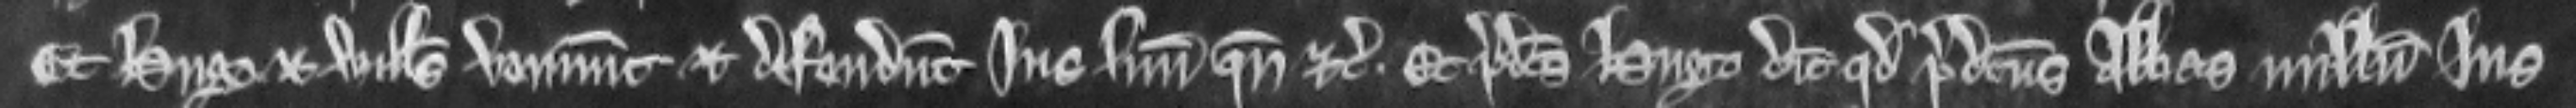
Et Hugo et Willelmus veniunt et defendunt jus suum quando etc. Et predictus Hugo dicit quod predictus Abbas nullum jus